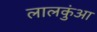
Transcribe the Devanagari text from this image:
लालकुंआ